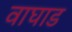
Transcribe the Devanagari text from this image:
वाघाड